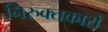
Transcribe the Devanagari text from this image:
निरुक्तकारों